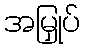
အမြှုပ်